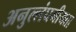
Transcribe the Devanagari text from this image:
अनुल्लंघनीयता